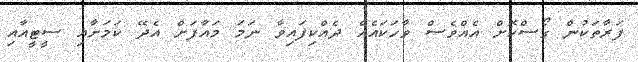
ފަރާތަކުން ގޯސްކޮށް އެއްވެސް ވާހަކައެއް ދެއްކިފައިވާ ނަމަ މައާފަށް އެދޭ ކަމަށާއި ސީޓީއާއި